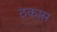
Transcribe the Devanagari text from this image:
ठकास